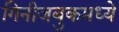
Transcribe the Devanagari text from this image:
गिनीजबुकमध्ये